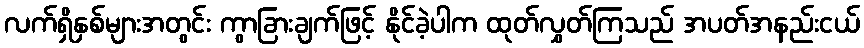
လက်ရှိနှစ်များအတွင်း ကွာခြားချက်ဖြင့် နိုင်ခဲ့ပါက ထုတ်လွှတ်ကြသည် အပတ်အနည်းငယ်